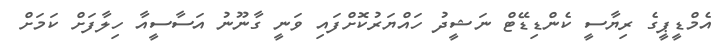
އެމްޑީޕީގެ ރިޔާސީ ކެންޑިޑޭޓް ނަޝީދު ހައްޔަރުކޮށްފައި ވަނީ ގާނޫނު އަސާސީއާ ހިލާފަށް ކަމަށް